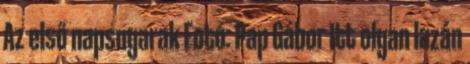
Az első napsugarak Fotó: Pap Gábor Itt olyan lazán